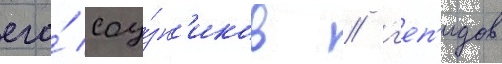
его́ соу́зн'иков / г'еп'идов